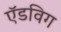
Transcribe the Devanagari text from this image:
ऍडविग